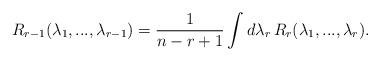
LaTeX: \begin{align*}R_{r-1}(\lambda_1,...,\lambda_{r-1})=\frac{1}{n-r+1}\int d\lambda_r\,R_r(\lambda_1,...,\lambda_r).\end{align*}